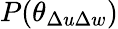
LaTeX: P(\theta_{\Delta u\Delta w})